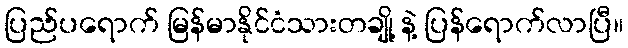
ပြည်ပရောက် မြန်မာနိုင်ငံသားတချို့ နဲ့ ပြန်ရောက်လာပြီ။